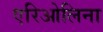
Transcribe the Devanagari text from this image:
एरिओलिना